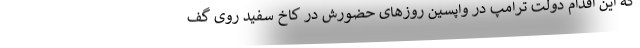
که این اقدام دولت ترامپ در واپسین روزهای حضورش در کاخ سفید روی گف